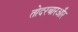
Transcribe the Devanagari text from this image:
तोदरबारऔर